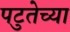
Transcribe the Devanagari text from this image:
पटुतेच्या